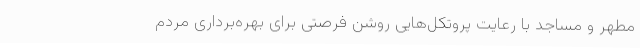
مطهر و مساجد با رعایت پروتکل‌هایی روشن فرصتی برای بهره‌برداری مردم